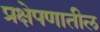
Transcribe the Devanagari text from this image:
प्रक्षेपणातील